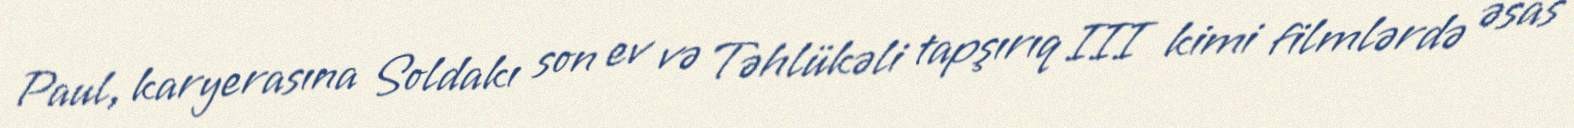
Paul, karyerasına Soldakı son ev və Təhlükəli tapşırıq III kimi filmlərdə əsas